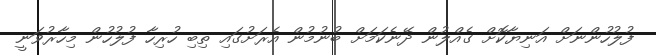
ފުލުހުންނަށް އަނިޔާކޮށް ގެއްލުން ދޭނެކަމަށް ބުނުމުން އެރަށުގައި ތިބި ހުރިހާ ފުލުހުން މިހާރުވަނީ